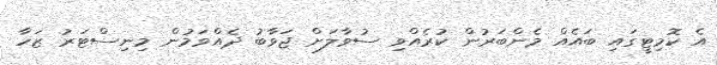
އެ ކޮމިޓީގައި ބައެއް މެންބަރުން ކުރެއްވި ސުވާލަށް ޖަވާބު ދެއްވަމުން މިނިސްޓަރު ޒަހާ